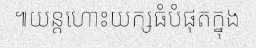
៕យន្តហោះយក្សធំបំផុតក្នុង